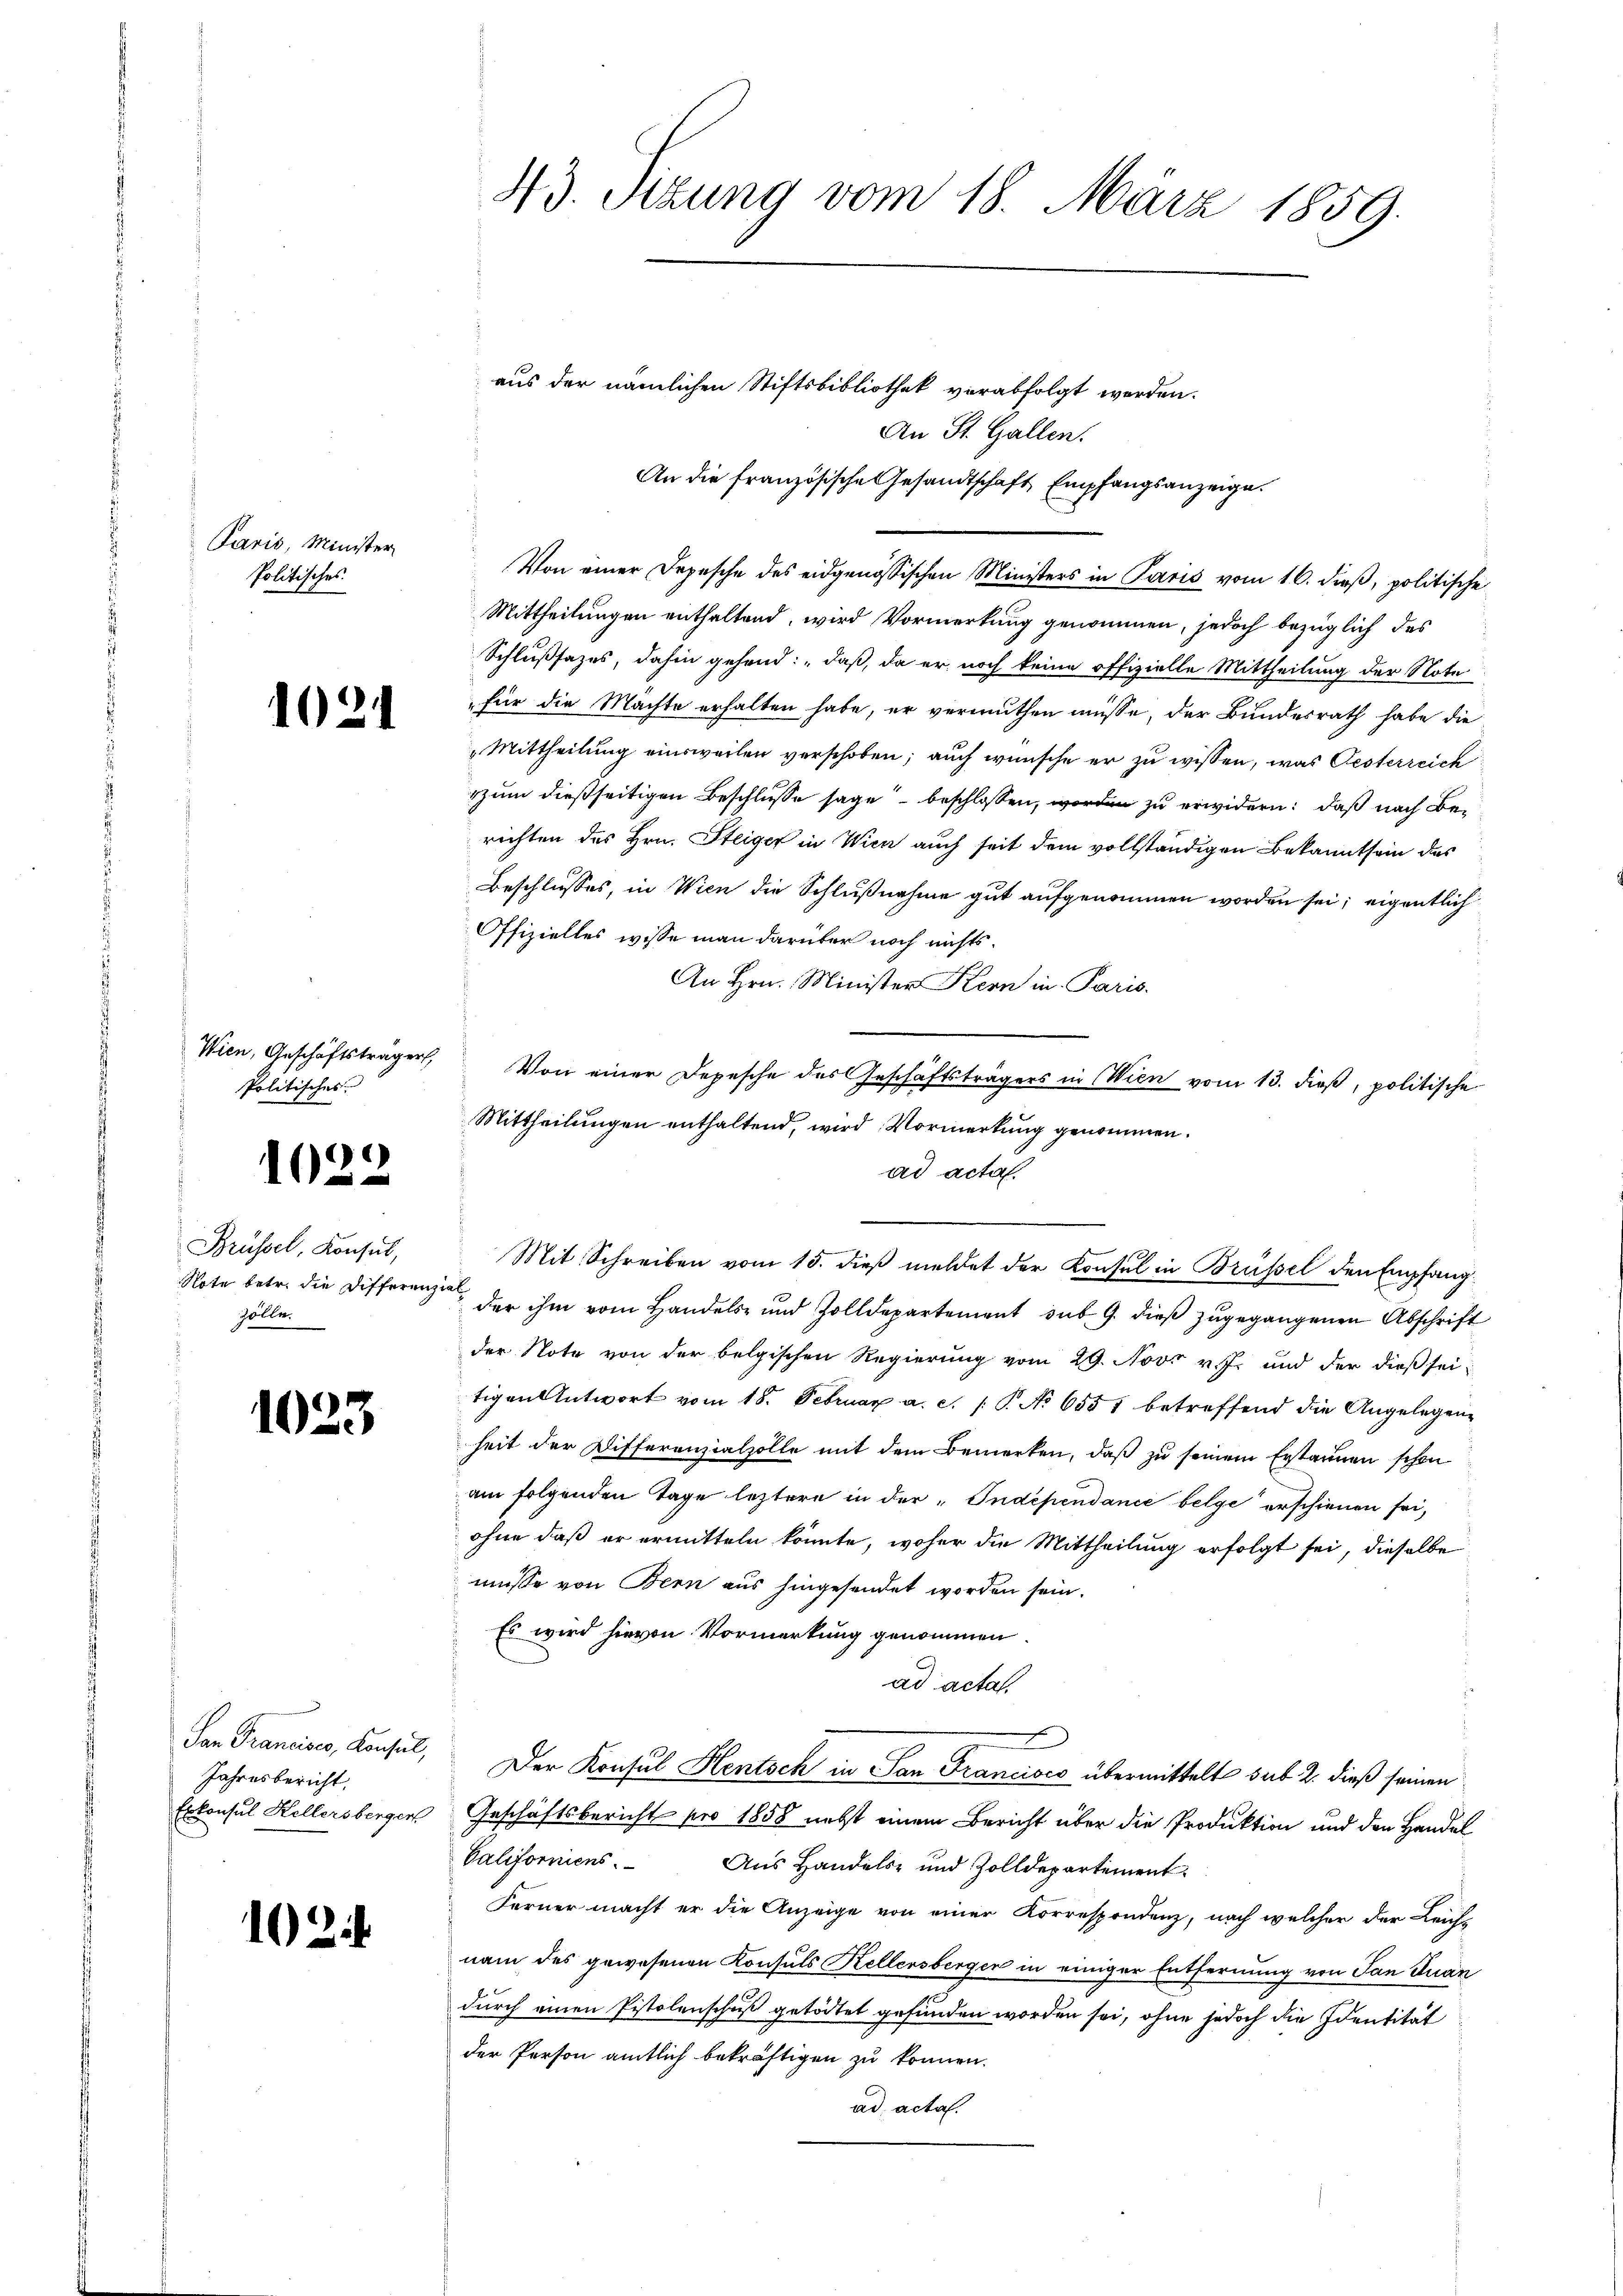
Paris, Minister
Politisches

1024

Wien, Geschäftsträger
Politisches

1022

Brüssel, Konsul,
Note betr. die Differen
zölle.

1023

San Francises, Konsul,
Jahresbericht,
Erkonsul Kellersberger

102

43. Sizung vom 18. März 1859.

An St. Gallen.
An die französische Gesandtschaft Empfangsanzeige.
Von einer Depesche des eidgenössischen Ministers in Paris vom 16. dieß, politische
Mittheilungen enthaltend, wird Vormerkung genommen, jedoch bezüglich des
Schlußsazes, dahin gehend: „daß, da er noch keine offizielle Mittheilung der Note
für die Machte erhalten habe, er vermuthen müsse, der Bundesrath habe die
Mittheilung einsweilen verschoben; auch wünsche er zu wissen, was Oesterreich
zum dießseitigen Beschlusse sage beschlossen, worden zu erwidern: daß nach Berichten des Hrn. Steiger in Wien auch seit dem vollständigen Bekanntsein des
Beschlusses, in Wien die Schlußnahme gut aufgenommen worden sei; eigentlich
Offizielles wisse man darüber noch nichts.
An Hrn. Minister Kern in Paris.
Von einer Depesche des Geschäftsträgers in Wien vom 13. dieβ, politische
Mittheilungen enthaltend, wird Vormerkung genommen.
ad acta.
Mit Schreiben vom 15. dieß meldet der Konsul in Brüssel den Empfang
ial
der ihm vom Handels- und Zolldepartement sub. 9. dieß zugegangenen Abschrift
der Note von der belgischen Regierung vom 29. Novr v. J. und der dießseitigen Antwort vom 18. Februar a. c. 1 P. No 6551 betreffend die Angelegenheit der Differenzialzolle mit dem Bemerken, daß zu seinem Erstaunen schon
am folgenden Tage leztere in der „Indépendance belge erschienen sei,
ohne daß er ermitteln könnte, woher die Mittheilung erfolgt sei, dieselbe
müsse von Bern aus hingesendet worden sein.
Es wird hievon Vormerkung genommen
ad acta.
d
Der Konsul Hentsch in San Francisco übermittelt sub. 2. dieß seinen
Geschäftsbericht pro 1858 nebst einem Bericht über die Produktion und den Handel
Valifornicus.
Aus Handels- und Zolldepartement
Ferner macht er die Anzeige von einer Korrespondenz, nach welcher der Leich-
nam des gewesenen Konsuls Kellensberger in einiger Entfernung von San Juan
durch einen Pistolenschuß getödtet gefunden worden sei, ohne jedoch die Identität
der Person amtlich bekräftigen zu können.
ad acta.

aus der nämlichen Stiftsbibliothek verabfolgt werden.